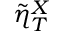
\tilde { \eta } _ { T } ^ { X }